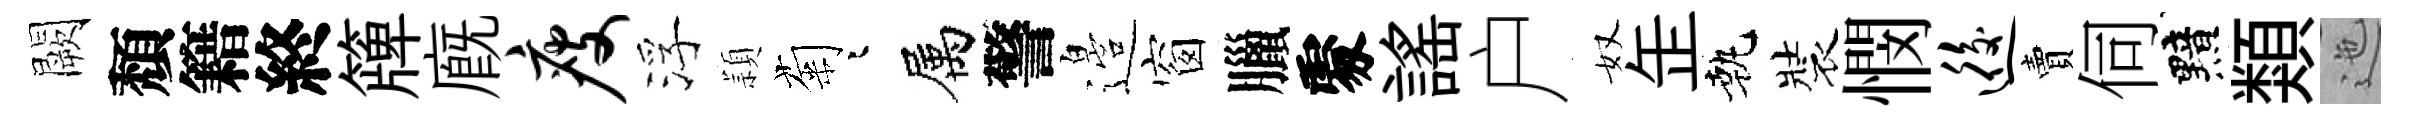
闕頽籍終簰廐瘦浮頴菊迢属警邉窗臘𠁅謡户奴𦈢執裝憫逅賣伺黯類迤